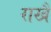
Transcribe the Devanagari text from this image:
राखै